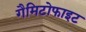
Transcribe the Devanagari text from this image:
गैमिटोफाइट